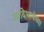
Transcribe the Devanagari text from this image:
आदिभाषेच्या